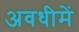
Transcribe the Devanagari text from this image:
अवधीमें